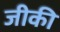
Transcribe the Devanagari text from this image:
जीकी